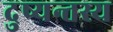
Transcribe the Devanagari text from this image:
दुष्यन्तस्य